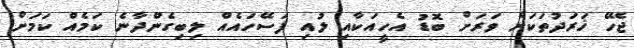
ޖެހޭ ޚަރަދުތަކަށް ވަރަށް ބޮޑު އެހީއަކާއި ލުއި ފަސޭހައެއް ލިބިގެންދާނެ ކަމެއް ކަމަށް